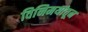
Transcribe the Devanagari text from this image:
विनिमयांतून